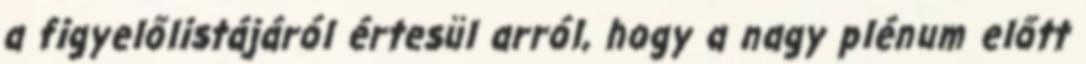
a figyelőlistájáról értesül arról, hogy a nagy plénum előtt